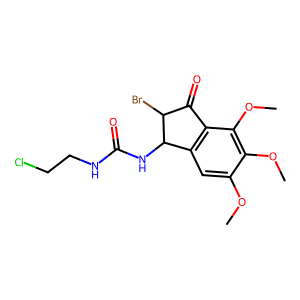
SMILES: COc1cc2c(c(OC)c1OC)C(=O)C(Br)C2NC(=O)NCCCl
Inhibits HIV replication: No